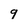
Character: 9